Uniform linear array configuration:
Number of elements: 4
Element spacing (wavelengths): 0.75
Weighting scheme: blackman
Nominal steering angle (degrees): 60
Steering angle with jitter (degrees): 60.217
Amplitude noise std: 0.05
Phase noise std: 0.05

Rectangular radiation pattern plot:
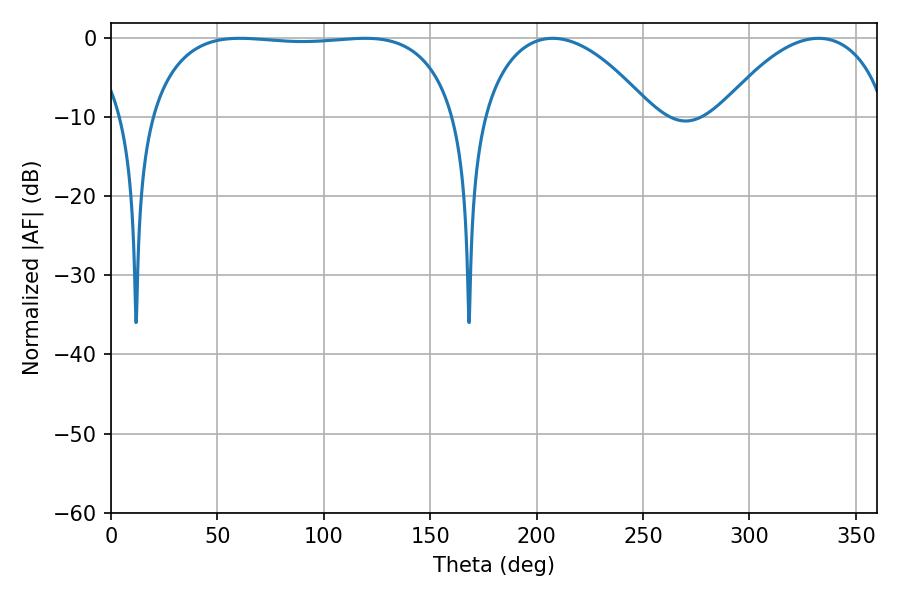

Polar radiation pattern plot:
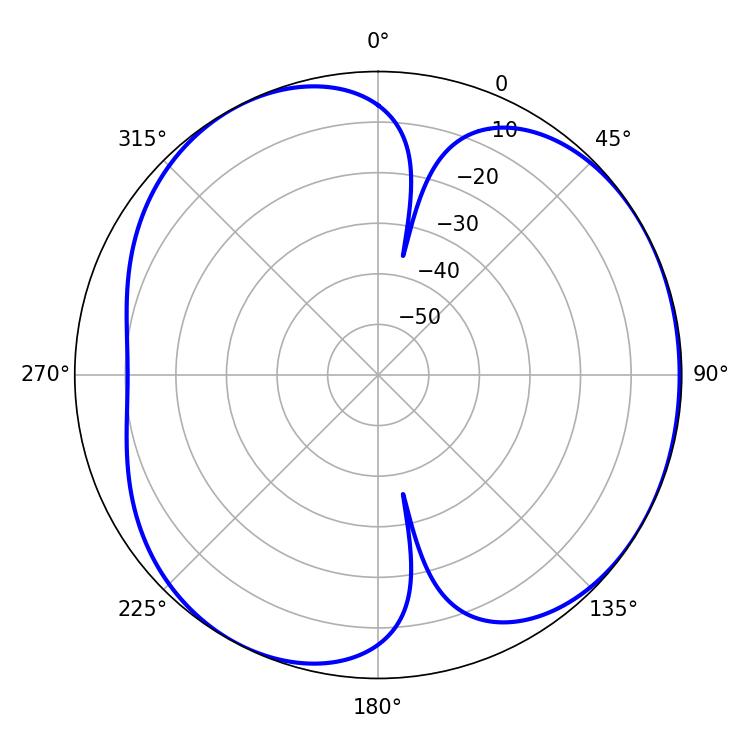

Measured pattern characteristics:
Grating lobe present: TRUE
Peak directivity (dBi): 4.401
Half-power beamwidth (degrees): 45
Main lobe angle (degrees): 332.46